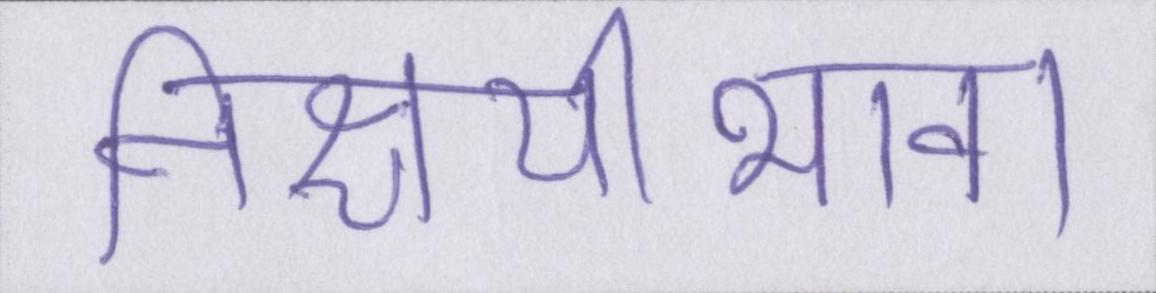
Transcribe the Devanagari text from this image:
निश्चयीभाव।